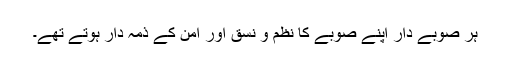
ہر صوبے دار اپنے صوبے کا نظم و نسق اور امن کے ذمہ دار ہوتے تھے۔